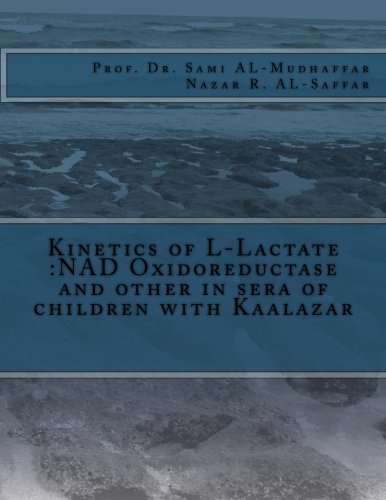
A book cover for Kinetics of L-Lactate :NAD Oxidoreductase and other in sera of children with Kaalazar; Prof Sami A. AL-Mudhaffar Dr.; Science & Math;